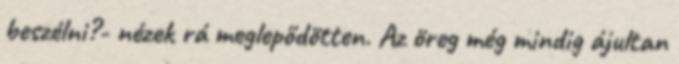
beszélni?- nézek rá meglepődötten. Az öreg még mindig ájultan